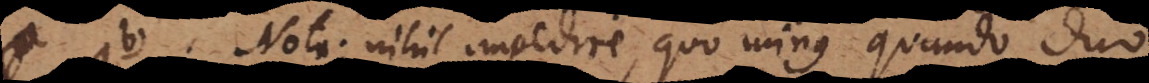
a. Nota: nihil impedire, quo minus quando duo